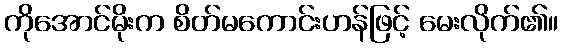
ကိုအောင်မိုးက စိတ်မကောင်းဟန်ဖြင့် မေးလိုက်၏။